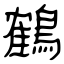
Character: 鶴